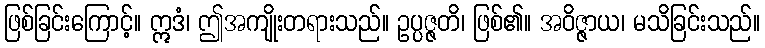
ဖြစ်ခြင်းကြောင့်။ ဣဒံ၊ ဤအကျိုးတရားသည်။ ဥပ္ပဇ္ဇတိ၊ ဖြစ်၏။ အဝိဇ္ဇာယ၊ မသိခြင်းသည်။